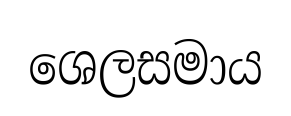
ශෙලසමාය